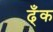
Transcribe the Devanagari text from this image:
ढ्ँक